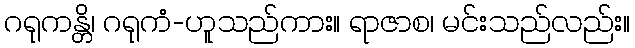
ဂရုကန္တိ၊ ဂရုကံ-ဟူသည်ကား။ ရာဇာစ၊ မင်းသည်လည်း။